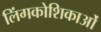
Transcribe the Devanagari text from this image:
लिंगकोशिकाओं